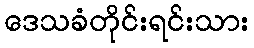
ဒေသခံတိုင်းရင်းသား